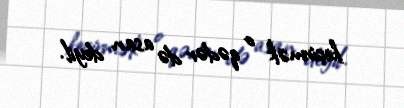
keçirmək o qədər də asan deyil.